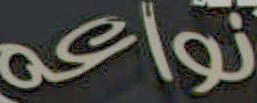
نواعه